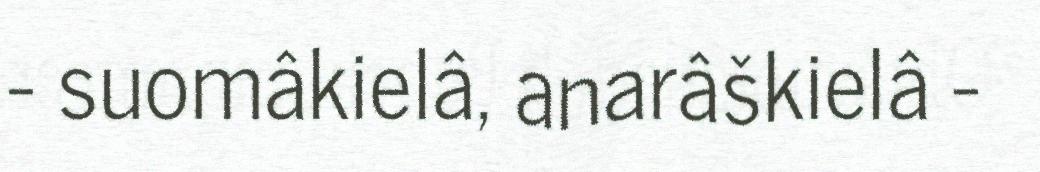
- suomâkielâ, anarâškielâ -